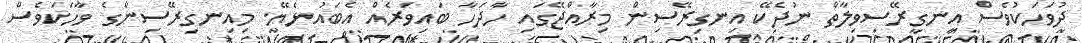
ދުވަހަކުވެސް އިނގިރޭސިވިލާތް ނުދެކޭ އިނގިރޭސިން މިރާއްޖޭގައި ހާދަހާ ބައިވަރެއް އެބައުޅެޔޭ. މިއިނގިރޭސިންގެ ވާހަކަވެސް